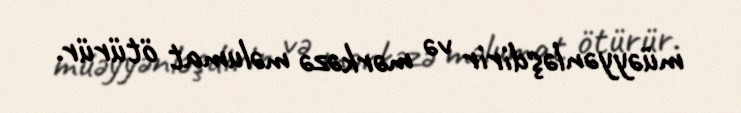
müəyyənləşdirir və mərkəzə məlumat ötürür.